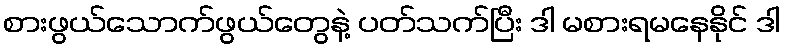
စားဖွယ်သောက်ဖွယ်တွေနဲ့ ပတ်သက်ပြီး ဒါ မစားရမနေနိုင် ဒါ